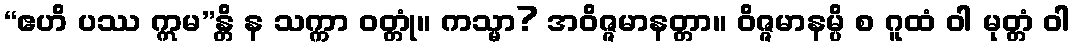
“ဧဟိ ပဿ ဣမ”န္တိ န သက္ကာ ဝတ္တုံ။ ကသ္မာ? အဝိဇ္ဇမာနတ္တာ။ ဝိဇ္ဇမာနမ္ပိ စ ဂူထံ ဝါ မုတ္တံ ဝါ